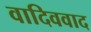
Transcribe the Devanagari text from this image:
वादिववाद